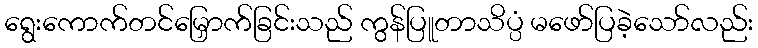
ရွေးကောက်တင်မြှောက်ခြင်းသည် ကွန်ပြူတာသိပ္ပံ မဖော်ပြခဲ့သော်လည်း